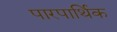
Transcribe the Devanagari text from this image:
पारपार्थिक